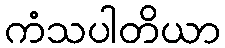
ကံသပါတိယာ